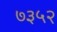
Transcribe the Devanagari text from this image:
७३५२